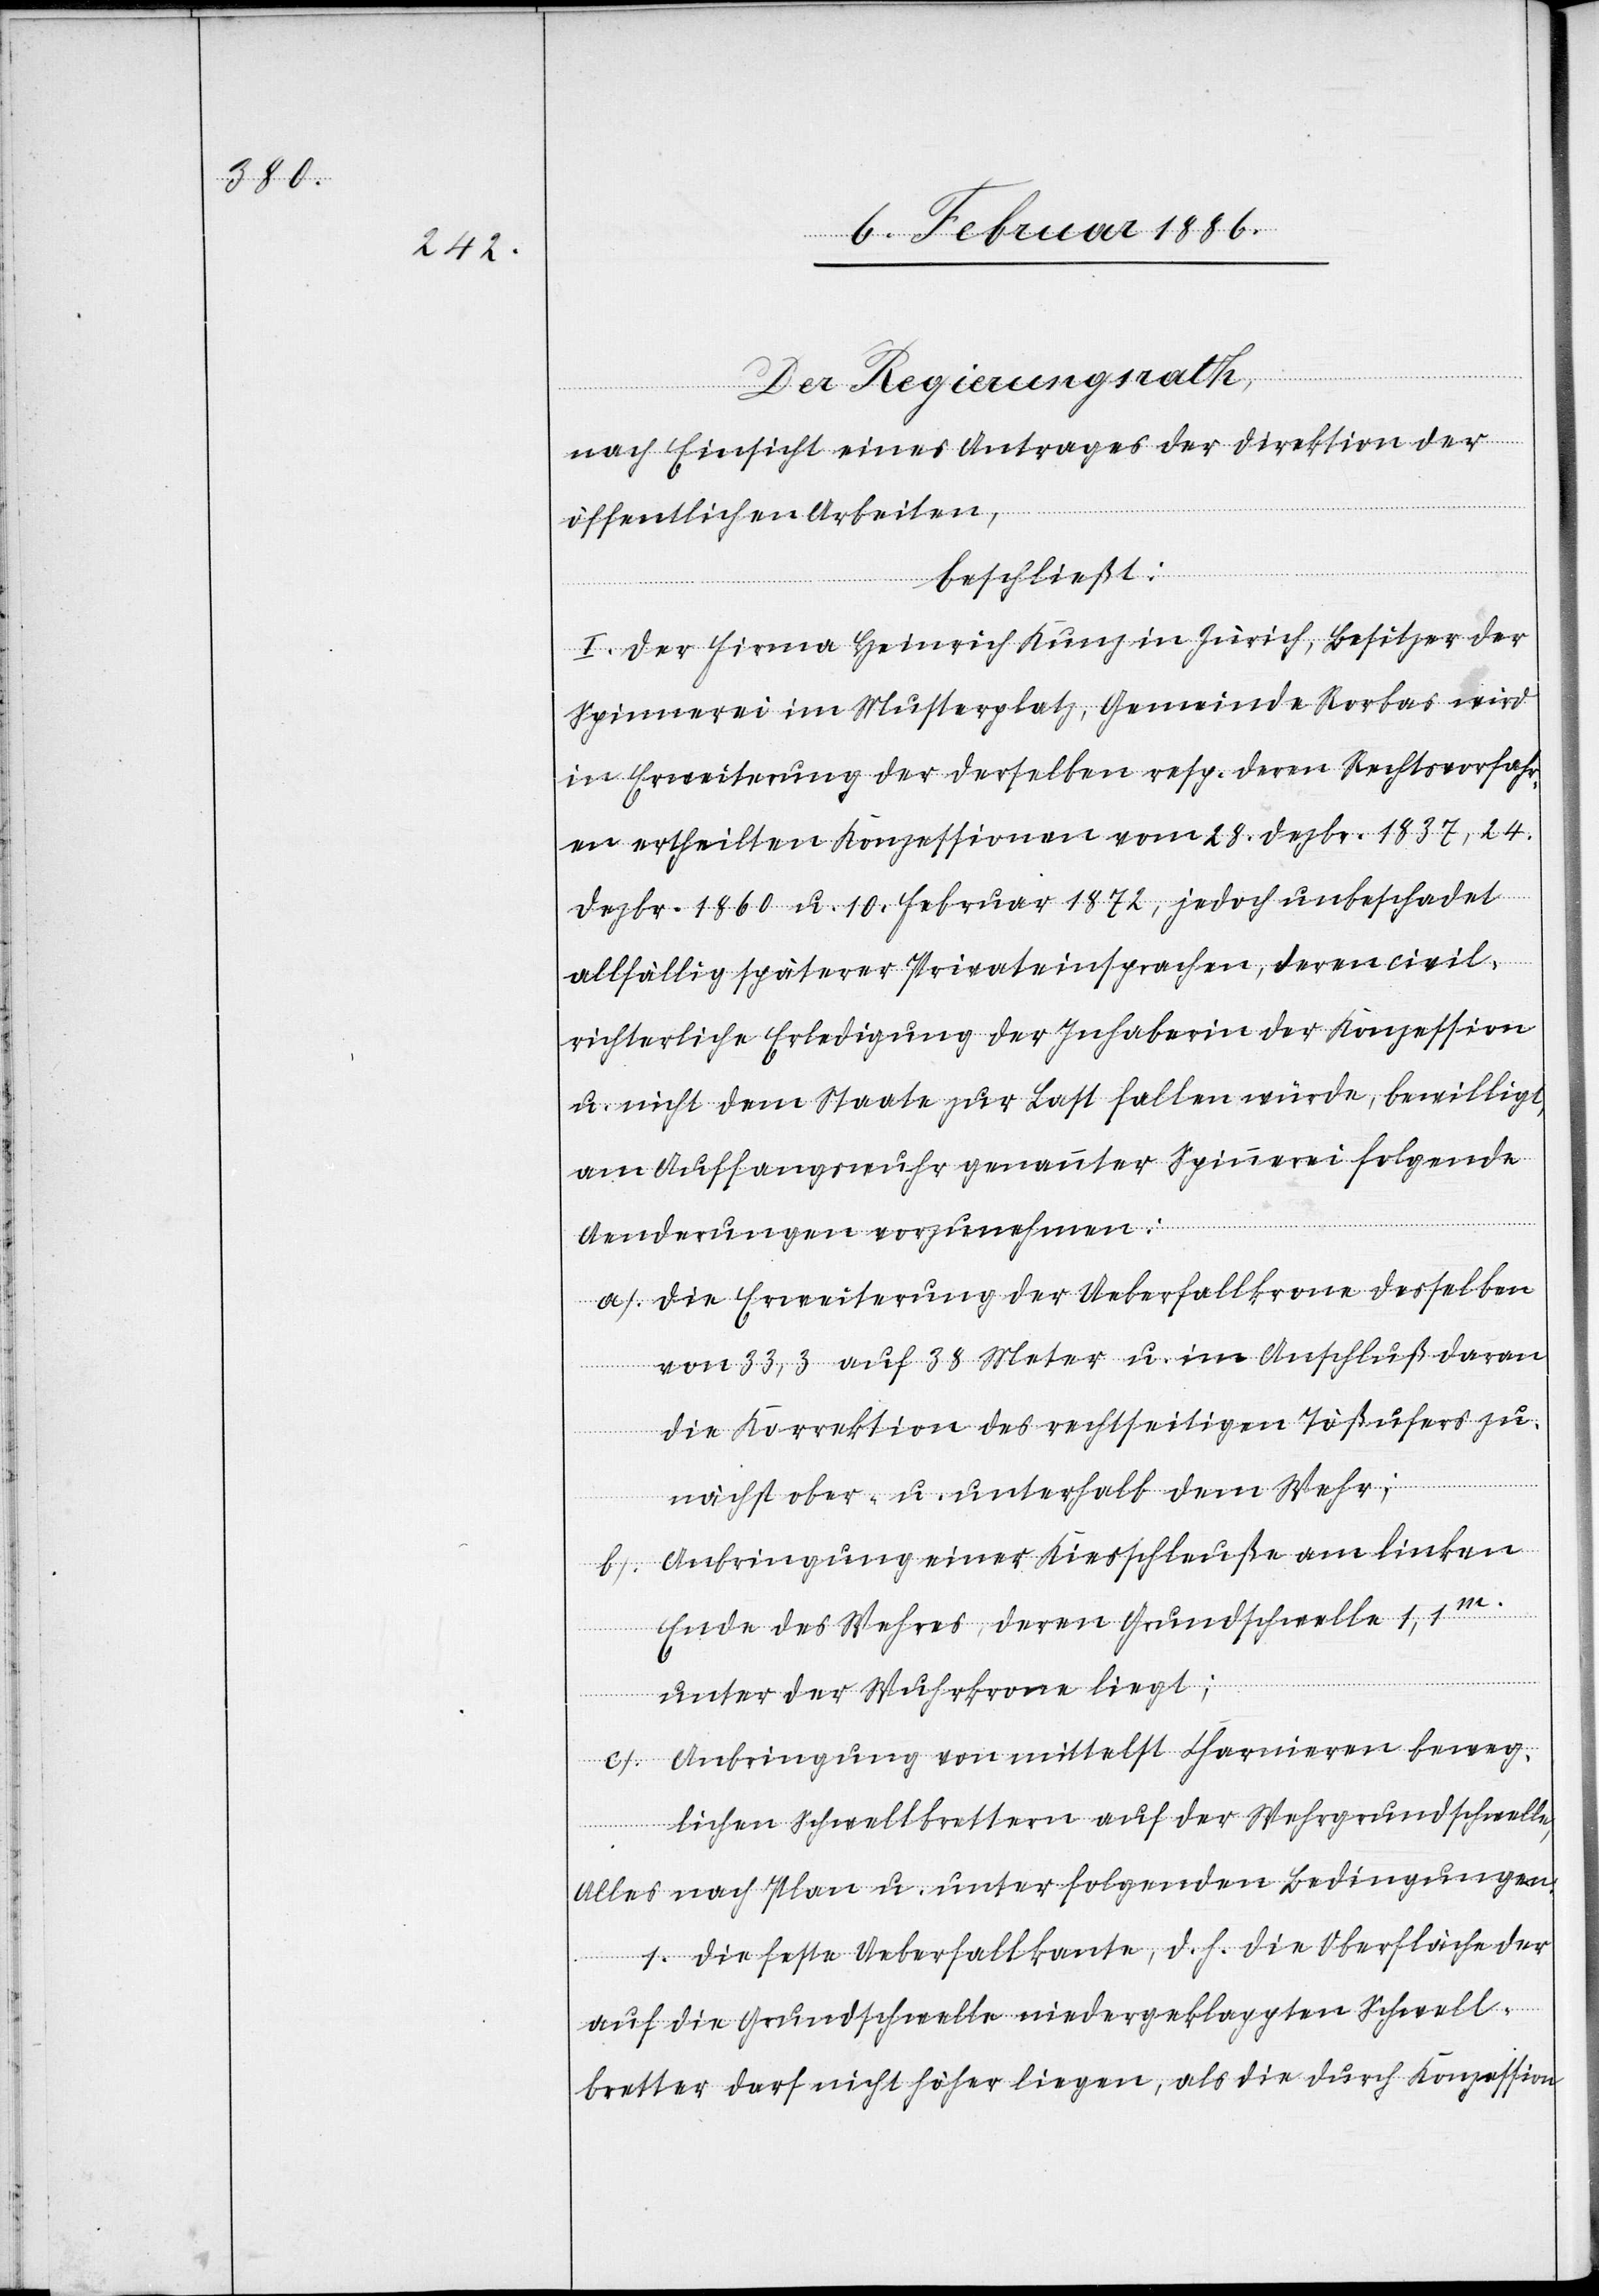
Der Regierungsrath,
nach Einsicht eines Antrages der Direktion der
öffentlichen Arbeiten,
beschließt:
I. Der Firma Heinrich Kunz in Zürich, Besitzer der
Spinnerei im Musterplatz, Gemeinde Rorbas wird
in Erweiterung der derselben resp. deren Rechtsvorfahr¬
en ertheilten Konzessionen vom 28. Dezbr. 1837, 24.
Dezbr. 1860 u. 10. Februar 1872, jedoch unbeschadet
allfällig späterer Privateinsprachen, deren civil¬
richterliche Erledigung der Inhaberin der Konzession
u. nicht dem Staate zur Last fallen würde, bewilligt,
am Auffangswuhr genannter Spinnerei folgende
Aenderungen vorzunehmen:
a). Die Erweiterung der Ueberfallkrone derselben
von 33,3 auf 38 Meter u. im Aufschluß daran
die Korrektion des rechtseitigen Tößufers zu¬
nächst ober- u. unterhalb dem Wehr;
b). Anbringung einer Kiesschleuße am linken
Ende des Wehres, deren Grundschwelle 1,1m.
unter der Wuhrkrone liegt;
c). Anbringung von mittelst Charnieren beweg¬
lichen Schwellbrettern auf der Wehrgrundschwelle,
Alles nach Plan u. unter folgenden Bedingungen:
1. Die feste Ueberfallkante, d. h. die Oberfläche der
auf die Grundschwelle niedergeklappte Schwell¬
bretter darf nicht höher liegen, als die durch Konzession